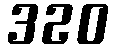
320